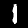
Label: 1